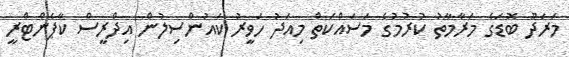
މަރަދޫ ބޮޑަގެ މަރާމާތު ކުރުމުގެ މަސައްކަތް މިއަދު ހަވީރު ކައުންސިލުން އިދްރީސް ކާޕެންޓްރީ